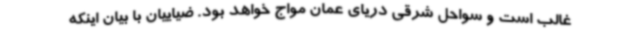
غالب است و سواحل شرقی دریای عمان مواج خواهد بود. ضیاییان با بیان اینکه